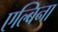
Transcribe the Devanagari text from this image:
एल्बिना